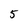
Character: 5